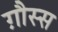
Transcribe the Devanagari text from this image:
ग़ौस्स